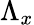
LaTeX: \Lambda_{x}